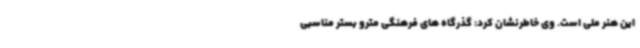
این هنر ملی است. وی خاطرنشان کرد: گذرگاه های فرهنگی مترو بستر مناسبی